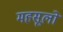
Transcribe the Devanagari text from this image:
महसूलों